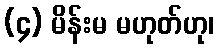
(၄) မိန်းမ မဟုတ်ဟု၊